Source: Handwritten
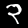
Digit: ၃ (3)